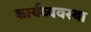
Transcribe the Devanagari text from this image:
कार्यव्यवस्था